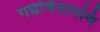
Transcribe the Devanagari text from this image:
गद्यचिंतामणि